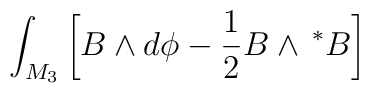
\int_{M_3}\left[ B\wedge d\phi -\frac 12B\wedge \,^{*}B\right]